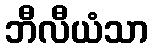
ဘီလီယံသာ